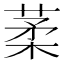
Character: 葇